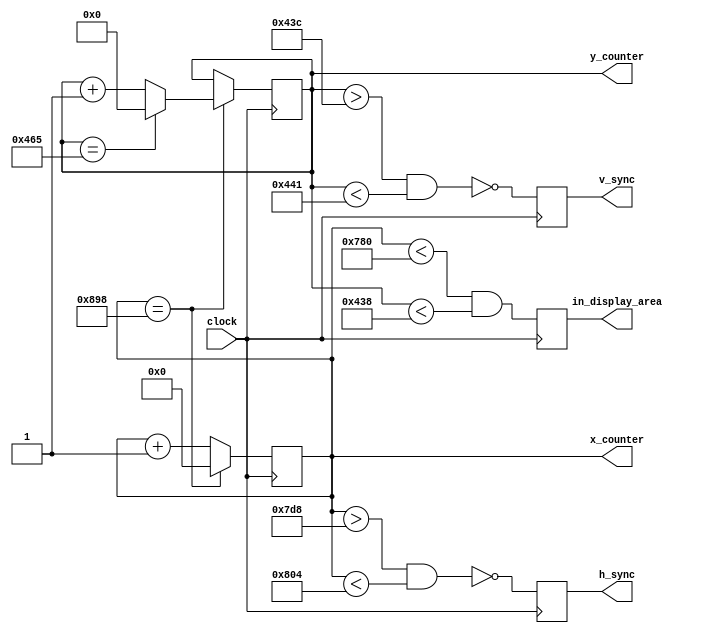
`timescale 1ns / 1ps

module vga_sync_generator(
	// top
	input clock,
	output reg h_sync,v_sync,
	output reg [11:0] x_counter, // 
	output reg [10:0] y_counter, // 
	output reg in_display_area // x_counter<1920 && y_counter<1080)
	);
       
	localparam h_active_pixels=1920;
	localparam h_front_porch=88;
	localparam h_sync_width=44;
	localparam h_back_porch=148;
	localparam h_total_piexls=(h_active_pixels+h_front_porch+h_back_porch+h_sync_width);
	
	localparam v_active_pixels=1080;
	localparam v_front_porch=4;
	localparam v_sync_width=5;
	localparam v_back_porch=36;
	localparam v_total_piexls=(v_active_pixels+v_front_porch+v_back_porch+v_sync_width);

	
	// counter
	wire x_counter_max = (x_counter == h_total_piexls);
	wire y_counter_max = (y_counter == v_total_piexls);
	
	always @(posedge clock)
	  if (x_counter_max)
		x_counter<=0;
	  else
		x_counter<=x_counter+1;
	
	always @(posedge clock)
	  if (x_counter_max)
		begin
		  if (y_counter_max)
			y_counter<=0;
		  else
			y_counter<=y_counter+1; // y_counterx_countery_counter1
		end
	
	always @(posedge clock)
	  begin
		h_sync<=!(x_counter>h_active_pixels+h_front_porch && x_counter< h_active_pixels+h_front_porch+h_sync_width);
		v_sync<=!(y_counter>v_active_pixels+v_front_porch && y_counter< v_active_pixels+v_front_porch+v_sync_width);
	  end
	
	always @(posedge clock)
	  begin
		in_display_area<=(x_counter<h_active_pixels) && (y_counter<v_active_pixels);
	  end
	
	endmodule